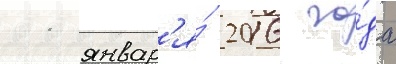
11 январ'я́ 2016 го́да